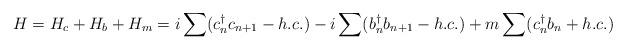
LaTeX: \begin{align*}H=H_{c}+H_{b}+H_{m}=i\sum (c_{n}^{\dagger}c_{n+1}-h.c.)-i\sum (b_{n}^{\dagger}b_{n+1}-h.c.)+m\sum (c_{n}^{\dagger}b_{n}+h.c.)\end{align*}